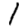
Digit: 1